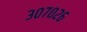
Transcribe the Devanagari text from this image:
३०७०२६